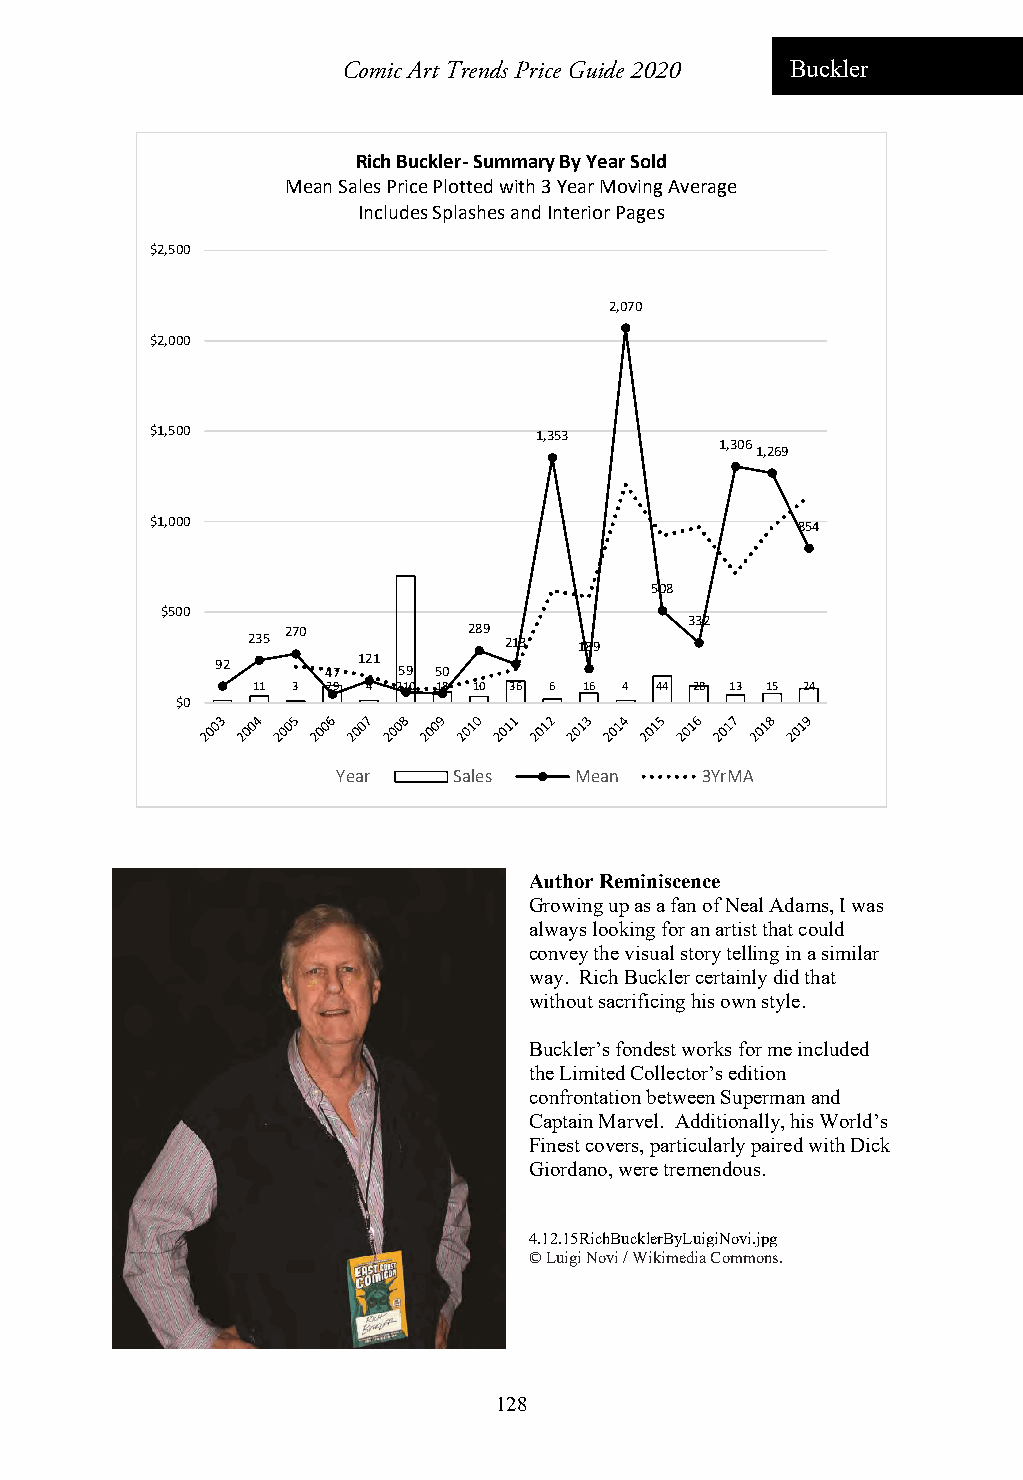
Comic Art Trends Price Guide 2020 Buckler
 Rich Buckler‐Summary By Year Sold
 Mean Sales Price Plotted with 3 Year Moving Average
 Includes Splashes and Interior Pages
 $2,500
 2,070
 $2,000
 $1,500                   1,353
 1,306
 1,269
 $1,000                                     854
 508
 $500
 332
 235 270        289 213 189
 92      47 121 59 50
 4 11 3 29 4 210 18 10 36 6 16 4 44 28 13 15 24
 $0
 Year    Sales   Mean    3YrMA
 Author Reminiscence
 Growing up as a fan of Neal Adams, I was
 always looking for an artist that could
 convey the visual story telling in a similar
 way. Rich Buckler certainly did that
 without sacrificing his own style.
 Buckler’s fondest works for me included
 the Limited Collector’s edition
 confrontation between Superman and
 Captain Marvel. Additionally, his World’s
 Finest covers, particularly paired with Dick
 Giordano, were tremendous.
 4.12.15RichBucklerByLuigiNovi.jpg
 © Luigi Novi / Wikimedia Commons.
 128